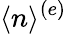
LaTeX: \langle n\rangle^{(e)}